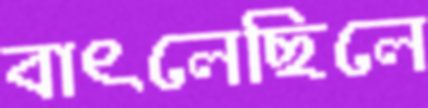
বাৎলেছিলে